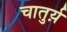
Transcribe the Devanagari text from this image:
चातुर्य़